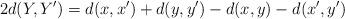
LaTeX: \begin{align*}2d(Y,Y') = d(x,x')+d(y,y')-d(x,y)-d(x',y') \end{align*}